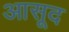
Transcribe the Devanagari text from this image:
आसूद